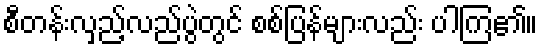
စီတန်းလှည့်လည်ပွဲတွင် စစ်ပြန်များလည်း ပါကြ၏။